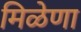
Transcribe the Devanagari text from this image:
मिळेणा